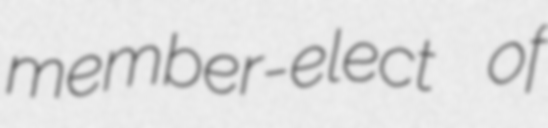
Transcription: member-elect of